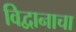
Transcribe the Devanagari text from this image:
विद्वानाचा